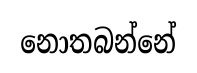
නොතබන්නේ